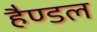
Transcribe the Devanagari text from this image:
हैण्डल